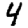
Digit: 4